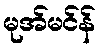
မုအ်မင်န်